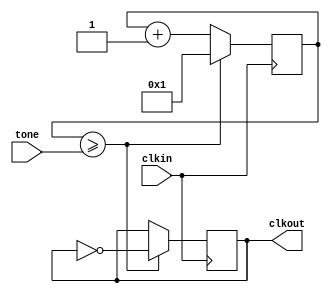
module clock_divider(clkout, tone, clkin);

    output clkout;
	input [31:0] tone;
	input clkin;

	reg [31:0] counter = 1;
	reg temp_clk = 0;
	always @ (posedge(clkin))
	begin
		if (counter >= tone)
		begin
			counter <= 1;
			temp_clk <= ~temp_clk;
		end
		else
			counter <= counter + 1;
	end
	assign clkout = temp_clk;

endmodule //clock_divider